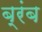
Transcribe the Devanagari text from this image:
ब्रंब